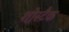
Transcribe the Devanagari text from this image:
शोस्टैक